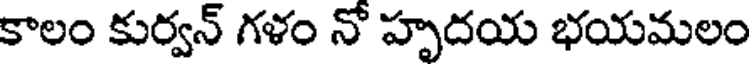
కాలం కుర్వన్ గళం నో హృదయ భయమలం